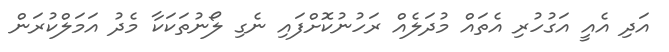
އަދި އެއީ އަގުހުރި އެތައް މުދަލެއް ރަހުނުކޮށްފައި ނެގި ލޯނުތަކަކާ މެދު އަމަލްކުރަން